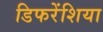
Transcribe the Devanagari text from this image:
डिफरेंशिया